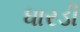
ધારડી